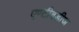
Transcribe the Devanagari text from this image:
एण्टीबडीज